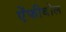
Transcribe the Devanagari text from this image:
ऐंफीबोल